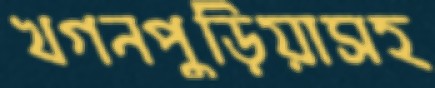
খগনপুড়িয়াসহ